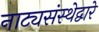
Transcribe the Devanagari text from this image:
नाट्यसंस्थेद्वारे